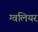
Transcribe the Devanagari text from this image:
ग्वलियर